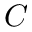
C